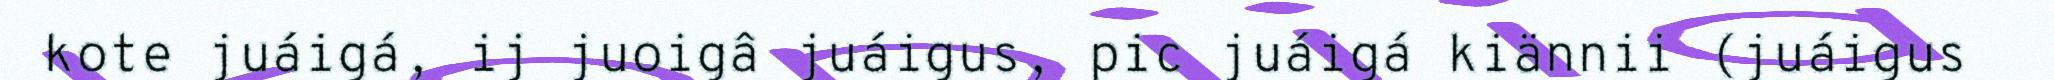
kote juáigá, ij juoigâ juáigus, pic juáigá kiännii (juáigus